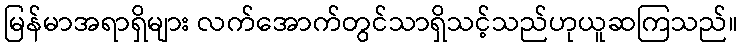
မြန်မာအရာရှိများ လက်အောက်တွင်သာရှိသင့်သည်ဟုယူဆကြသည်။